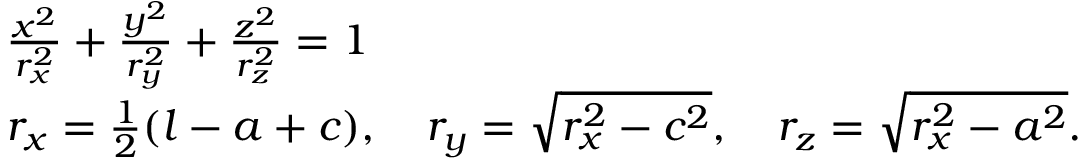
{ \begin{array} { r l } & { { \frac { x ^ { 2 } } { r _ { x } ^ { 2 } } } + { \frac { y ^ { 2 } } { r _ { y } ^ { 2 } } } + { \frac { z ^ { 2 } } { r _ { z } ^ { 2 } } } = 1 } \\ & { r _ { x } = { \frac { 1 } { 2 } } ( l - a + c ) , \quad r _ { y } = { \sqrt { r _ { x } ^ { 2 } - c ^ { 2 } } } , \quad r _ { z } = { \sqrt { r _ { x } ^ { 2 } - a ^ { 2 } } } . } \end{array} }